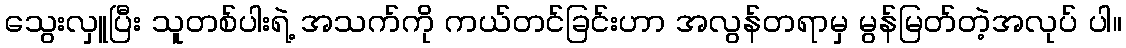
သွေးလှူပြီး သူတစ်ပါးရဲ့ အသက်ကို ကယ်တင်ခြင်းဟာ အလွန်တရာမှ မွန်မြတ်တဲ့အလုပ် ပါ။